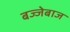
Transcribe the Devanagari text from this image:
बज्जेबाज